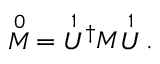
{ \stackrel { 0 } { M } } = { \stackrel { 1 } { U } \! ^ { \dagger } } M { \stackrel { 1 } { U } } \; .